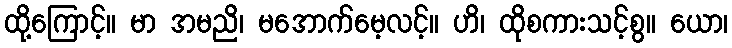
ထို့ကြောင့်။ မာ အမညိ၊ မအောက်မေ့လင့်။ ဟိ၊ ထိုစကားသင့်စွ။ ယော၊